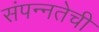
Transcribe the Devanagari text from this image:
संपन्नतेची